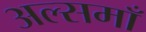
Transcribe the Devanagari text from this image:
अल्समाँ